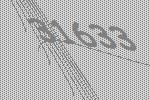
31633